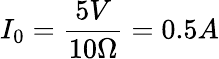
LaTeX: I_{0}=\frac{5V}{10\Omega}=0.5A